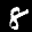
Label: 8